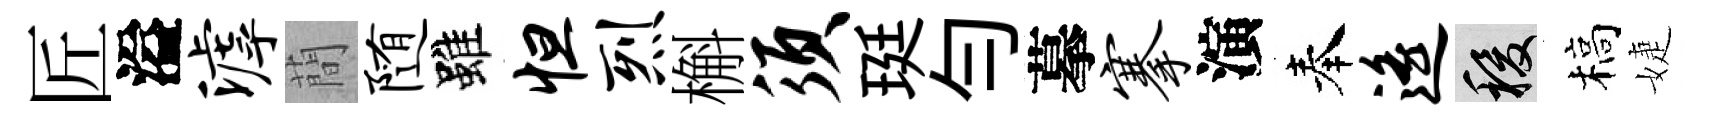
匠溢滹蕳随雖怛烈槲须珽勻摹搴演奉遥稷槁婕